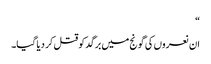
“
ان نعروں کی گونج میں برگد کو قتل کر دیا گیا۔